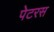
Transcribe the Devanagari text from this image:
पेटरस